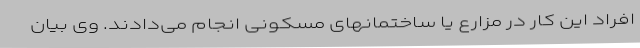
افراد این کار در مزارع یا ساختمانهای مسکونی انجام می‌دادند. وی بیان